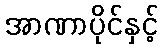
အာဏာပိုင်နှင့်